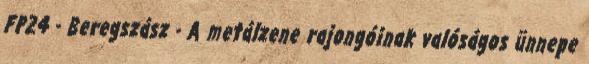
FP24 - Beregszász - A metálzene rajongóinak valóságos ünnepe